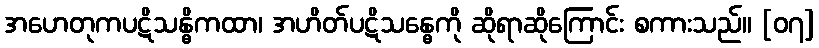
အဟေတုကပဋိသန္ဓိကထာ၊ အဟိတ်ပဋိသန္ဓေကို ဆိုရာဆိုကြောင်း စကားသည်။ [၀၇]